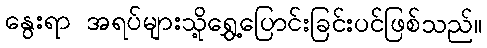
နွေးရာ အရပ်များသို့ရွှေ့ပြောင်းခြင်းပင်ဖြစ်သည်။